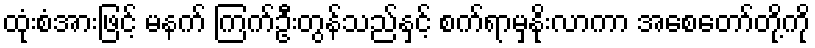
ထုံးစံအားဖြင့် မနက် ကြက်ဦးတွန်သည်နှင့် စက်ရာမှနိုးလာကာ အစေတော်တို့ကို